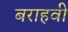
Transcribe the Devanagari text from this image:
बराहवी